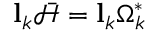
\mathbf { l } _ { k } \boldsymbol { \mathcal { \bar { H } } } = \mathbf { l } _ { k } \Omega _ { k } ^ { * }